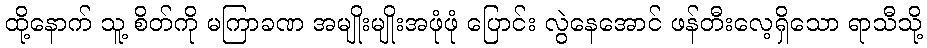
ထို့နောက် သူ့ စိတ်ကို မကြာခဏ အမျိုးမျိုးအဖုံဖုံ ပြောင်း လွဲနေအောင် ဖန်တီးလေ့ရှိသော ရာသီသို့